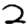
Digit: 2